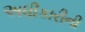
અધીકારીની